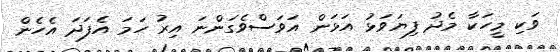
ވަކި މީހަކާ މެދު ފިޔަވަޅު އަޅަން އަވަސްވެގަންނަ އިރު ހަމަ އެފަދަ އެހެން